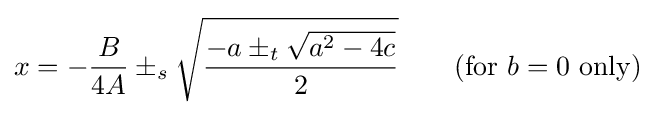
x=-{B \over 4A}\pm _{s}{\sqrt {-a\pm _{t}{\sqrt {a^{2}-4c}} \over 2}}\qquad {\mbox{(for }}b=0{\mbox{ only)}}